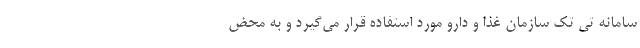
سامانه تی تک سازمان غذا و دارو مورد استفاده قرار می‌گیرد و به محض